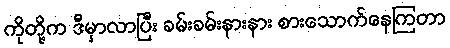
ကိုတို့က ဒီမှာလာပြီး ခမ်းခမ်းနားနား စားသောက်နေကြတာ